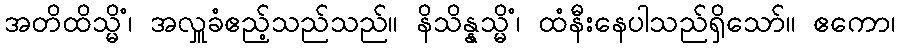
အတိထိသ္မိံ၊ အလှူခံဧည့်သည်သည်။ နိသိန္နသ္မိံ၊ ထံနီးနေပါသည်ရှိသော်။ ဧကော၊